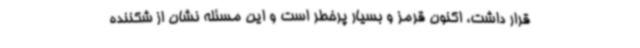
قرار داشت، اکنون قرمز و بسیار پرخطر است و این مسئله نشان از شکننده